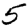
Digit: 5